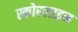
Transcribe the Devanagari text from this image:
स्कोरलाइन